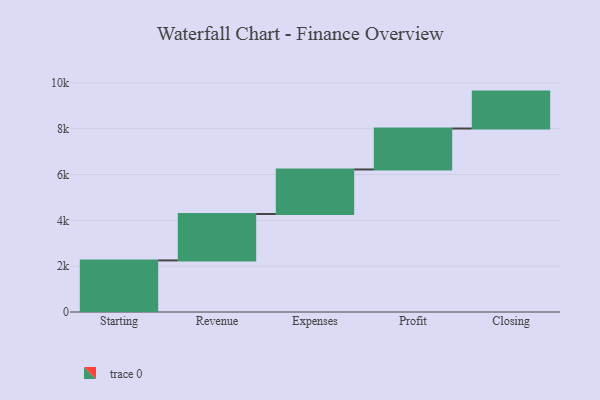
{"axis": {"x": "Step", "y": "Value"}, "legend": [""], "data": [{"x": "Starting", "y": 2252.0, "type": ""}, {"x": "Revenue", "y": 2027.0, "type": ""}, {"x": "Expenses", "y": 1942.0, "type": ""}, {"x": "Profit", "y": 1788.0, "type": ""}, {"x": "Closing", "y": 1611.0, "type": ""}]}